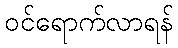
ဝင်ရောက်လာရန်